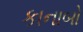
કાનાબો